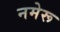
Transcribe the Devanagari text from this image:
नमेरू